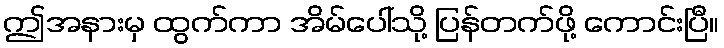
ဤအနားမှ ထွက်ကာ အိမ်ပေါ်သို့ ပြန်တက်ဖို့ ကောင်းပြီ။